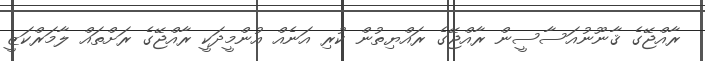
ރާއްޖޭގެ ޤާނޫނުއަސާސީން ރާއްޖޭގެ ރައްޔިތުން ކުރި އަނެއް އުންމީދަކީ ރާއްޖޭގެ ރަށްތައް ލާމަރްކަޒީ